Lunatic asylums Central Provinces reports 1895-1909 - 1895-1909
Year: 1895
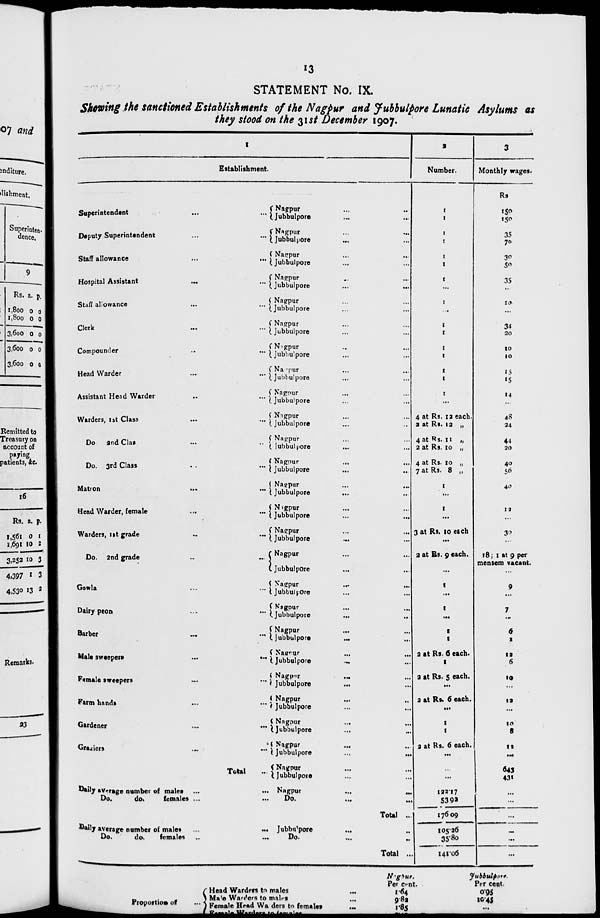
13
STATEMENT No. IX.
Showing the sanctioned Establishments of the Nagpur and Jubbulpore Lunatic Asylums as
they stood on the 31st December 1907.
1
Establishment.
Superintendent
...
...
Deputy Superintendent
...
...
Staff allowance
...
...
Hospital Assistant
...
...
Staff allowance
...
...
Clerk
...
...
Compounder
...
...
Head Warder
...
...
Assistant Head Warder
..
...
Warders, 1st Class
...
...
Do. and
Class
...
...
Do. 3rd Class
...
...
Matron
...
...
Head Warder, female
...
...
Warders, 1st grade ... ...
Do. 2nd grade
...
...
Gowla ... ...
Dairy peon ... ...
Barber
...
...
Male sweepers
...
...
Female sweepers
...
...
Farm hands ... ...
Gardener
...
...
Graziers
...
...
Total ...
Nagpur ... ...
Jubbulpore ... ...
Nagpur ... ...
Jubbulpore ... ...
Nagpur ... ...
Jubbulpore ... ...
Nagpur ... ...
Jubbulpore ... ...
Nagpur ... ...
Jubbulpore ... ...
Nagpur ... ...
Jubbulpore ... ...
Nagpur ... ...
Jubbulpore ... ...
Nagpur ... ...
Jubbulpore ... ...
Nagpur ... ...
Jubbulpore ... ...
Nagpur ... ...
Jubbulpore ... ...
Nagpur ... ...
Jubbulpore ... ...
Nagpur ... ...
Jubbulpore ... ...
Nagpur ... ...
Jubbulpore
Nagpur ... ...
Jubbulpore ... ...
Nagpur ... ...
Jubbulpore
...
...
Nagpur ... ...
Jubbulpore
...
...
Nagpur ... ...
Jubbulpore ... ...
Nagpur ... ...
Jubbulpore ... ...
Nagpur ... ...
Jubbulpore ... ...
Nagpur
...
...
Jubbulpore ... ...
Nagpur ... ...
Jubbulpore
...
...
Nagpur ... ...
Jubbulpore ... ...
Nagpur ... ...
Jubbulpore ... ...
Nagpur ... ...
Jubbulpore
...
...
Nagpur ... ...
Jubbulpore ... ...
Daily average number of males ...
... Nagpur
...
...
Do.
do.
females ...
...
Do.
...
...
Total ...
Daily average number of males
...
...
Jubbulpore ... ...
Do.
do.
females
...
...
Do.
...
...
Total ...
2
Number.
1
1
1
1
1
1
1
...
1
...
1
1
1
1
1
1
1
...
4 at Rs. 12 each.
2 at Rs. 12 „
4 at Rs. 11 „
2 at Rs. 10 „
4 at Rs. 10 „
7 at Rs. 8 „
1
...
1
...
3 at Rs. 10 each
...
2 at Rs. 9 each.
...
1
...
1
...
1
1
2 at Rs. 6 each.
1
a at Rs. 5 each.
...
a at Rs. 6 each.
...
1
1
2 at Rs. 6 each.
...
...
...
122.17
53.92
176.09
105.26
35.80
141.06
3
Monthly wages.
Rs
150
150
35
70
30
50
35
...
10
...
34
20
10
10
15
15
14
...
48
24
44
20
40
56
40
...
12
...
30
...
18 ; 1 at 9 per
mensem vacant.
...
9
...
7
...
6
2
12
6
10
...
12
...
10
8
11
...
643
431
...
...
...
...
...
...
Proportion of ...
Head Warders to males ...
Male Warders to males ...
Female Head Warders to females ...
Female Warders to females. ...
Nagpur.
Per cent.
1.64
9.82
1.85
Jubbulpore.
Per cent.
0.95
10.45
...